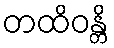
တထိဝန္တိ